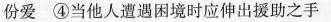
份爱 ④当他人遭遇困境时应伸出援助之手